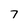
Character: 7